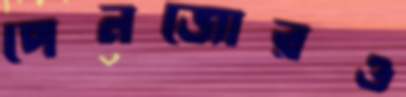
পেনজোরও